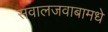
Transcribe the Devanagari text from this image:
सवालजवाबामधे